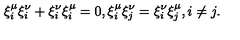
\xi _ { i } ^ { \mu } \xi _ { i } ^ { \nu } + \xi _ { i } ^ { \nu } \xi _ { i } ^ { \mu } = 0 , \xi _ { i } ^ { \mu } \xi _ { j } ^ { \nu } = \xi _ { i } ^ { \nu } \xi _ { j } ^ { \mu } , i \neq j .